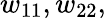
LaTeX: w_{11},w_{22},